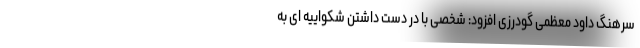
سرهنگ داود معظمی گودرزی افزود: شخصی با در دست داشتن شکواییه ای به